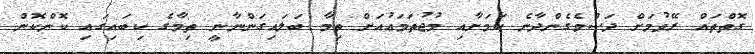
ގޮތްތައް ރޭވުމަށް ދަސްވެގެންދާނެ ކަމަށާއި މުޖުތަމަޢުއަށް ތިމާ ބަލައިގަންނާނީ ތިމާގެ ކިބައިގައި ކޮންކޮން